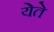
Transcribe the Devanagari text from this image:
येेते